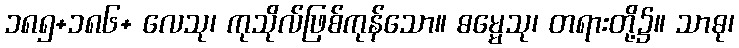
၁၈၅+၁၈၆+ လေသု၊ ကုသိုလ်ဖြစ်ကုန်သော။ ဓမ္မေသု၊ တရားတို့၌။ သာဓု၊